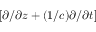
[ \partial / \partial z + ( 1 / c ) \partial / \partial t ]